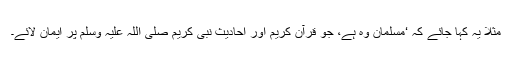
مثلاً یہ کہا جائے کہ ‘مسلمان وہ ہے، جو قرآن کریم اور احادیث نبی کریم صلی اللہ علیہ وسلم پر ایمان لائے۔